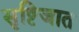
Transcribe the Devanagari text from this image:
सृष्टिजात